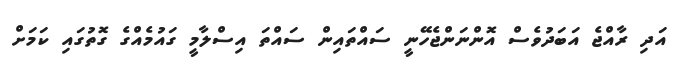
އަދި ރާއްޖެ އަބަދުވެސް އޮންނަންޖެހޭނީ ސައްތައިން ސައްތަ އިސްލާމީ ގައުމެއްގެ ގޮތުގައި ކަމަށް